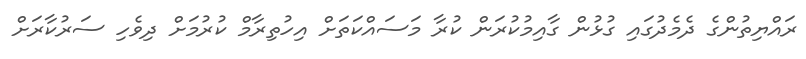
ރައްޔިތުންގެ ދެމެދުގައި ގުޅުން ގާއިމުކުރަން ކުރާ މަސައްކަތަށް އިހުތިރާމް ކުރުމަށް ދިވެހި ސަރުކާރަށް